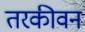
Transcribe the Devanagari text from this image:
तरकीवन